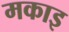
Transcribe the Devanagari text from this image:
मकाइ